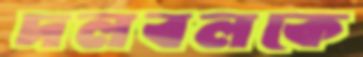
দলবলকে